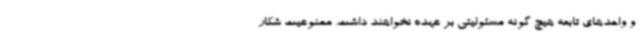
و واحدهای تابعه هیچ گونه مسئولیتی بر عهده نخواهند داشت. ممنوعیت شکار